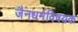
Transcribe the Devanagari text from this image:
जैनधर्मविषयक